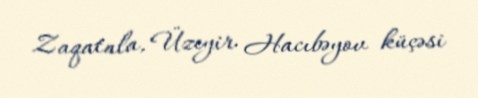
Zaqatala, Üzeyir Hacıbəyov küçəsi